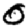
Digit: 0